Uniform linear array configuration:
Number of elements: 16
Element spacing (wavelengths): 0.75
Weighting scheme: cosine
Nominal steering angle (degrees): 60
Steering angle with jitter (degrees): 60.624
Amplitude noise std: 0.05
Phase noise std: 0.05

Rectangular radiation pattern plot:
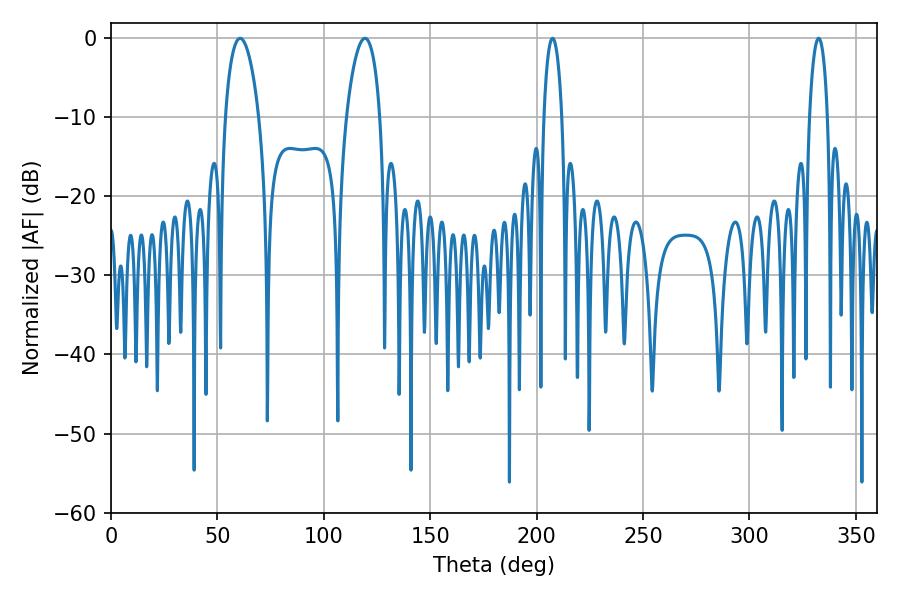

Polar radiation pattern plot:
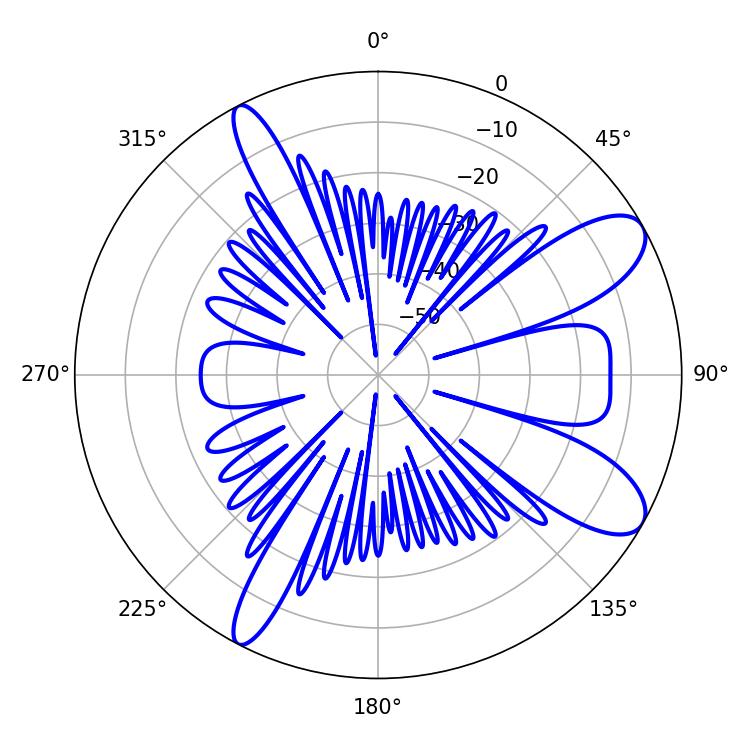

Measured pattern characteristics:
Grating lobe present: TRUE
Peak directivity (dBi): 9.616
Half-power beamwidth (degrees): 9
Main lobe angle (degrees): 60.66